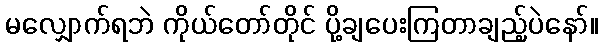
မလျှောက်ရဘဲ ကိုယ်တော်တိုင် ပို့ချပေးကြတာချည့်ပဲနော်။